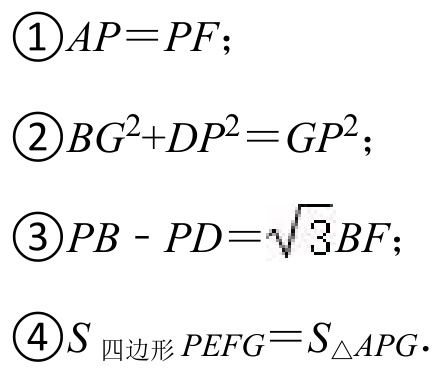
$\begin{matrix}
\textcircled{1}AP = PF;\\
\textcircled{2}BG^{2}+DP^{2}=GP^{2};\\
\textcircled{3}PB - PD=\sqrt{3}BF;\\
\textcircled{4}S_{\text{四边形}PEFG}=S_{\triangle APG}.
\end{matrix}$